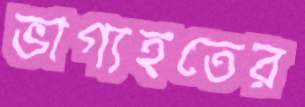
ভাগ্যহতের